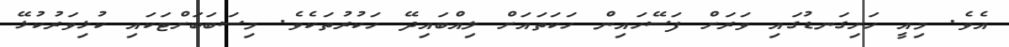
އެވެ. މިއީ ހަށިގަނޑުގައި ވަރަށް ފަސޭހައިން ހަކަތައަށް ލިއްބައިދޭ ހަކުރުތަކެވެ. މިސަބަބަށްޓަކައި ކުޅިވަރުކުޅޭ